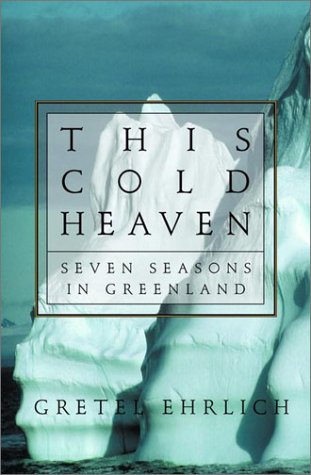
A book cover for This Cold Heaven: Seven Seasons in Greenland; Gretel Ehrlich; Travel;